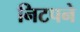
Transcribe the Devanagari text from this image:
निटपने